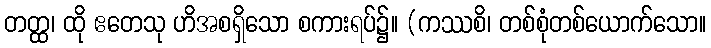
တတ္ထ၊ ထို ဧတေသု ဟိအစရှိသော စကားရပ်၌။ (ကဿစိ၊ တစ်စုံတစ်ယောက်သော။